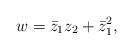
LaTeX: \begin{align*} w = \bar{z}_1z_2 + \bar{z}_1^2 ,\end{align*}